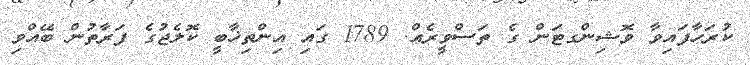
ކުރަހާފައިވާ ވޮޝިންގޓަން ގެ ތަސްވީރެއް. 1789 ގައި އިންތިޚާބީ ކޮލެޖުގެ ފަރާތުން ބޭއްވި